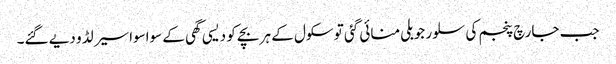
جب جارچ پنجم کی سلور جوبلی منائی گئی تو سکول کے ہر بچے کو دیسی گھی کے سواسواسیر لڈو دیے گئے۔